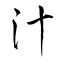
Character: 汁